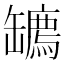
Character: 𦉙